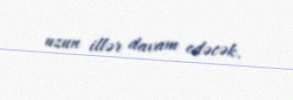
uzun illər davam edəcək.